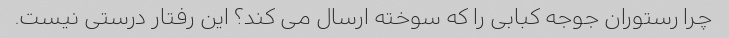
چرا رستوران جوجه کبابى را که سوخته ارسال مى کند؟ این رفتار درستى نیست.